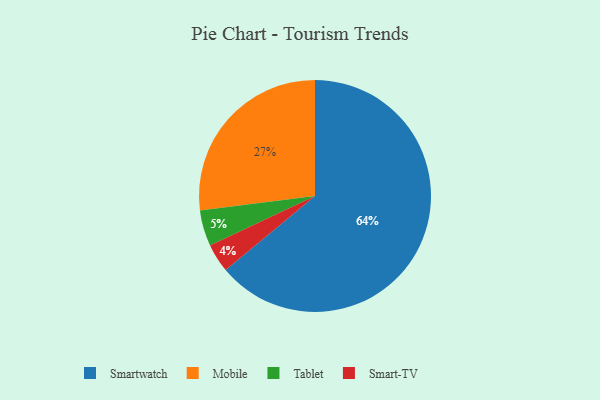
{"axis": {"x": "Category", "y": "Percentage"}, "legend": ["Mobile", "Smart-TV", "Smartwatch", "Tablet"], "data": [{"x": "Mobile", "y": 27, "type": "Mobile"}, {"x": "Smart-TV", "y": 4, "type": "Smart-TV"}, {"x": "Smartwatch", "y": 64, "type": "Smartwatch"}, {"x": "Tablet", "y": 5, "type": "Tablet"}]}